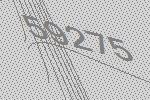
59275